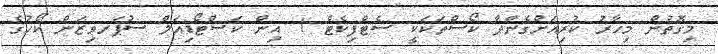
މިގޮތުން މިހާރު ކުރިއަށްގެންދާ ކޯސްތަކަކީ ސެޓްފިކެޓް 1 އިން ކަސްޓޯޑިއަލް ސުޕަރވިޒަން ކޯހުގެ